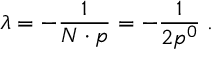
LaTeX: \lambda = - \frac { 1 } { N \cdot p } = - \frac { 1 } { 2 p ^ { 0 } } \; .